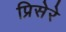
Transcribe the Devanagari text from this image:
प्रिसेरे